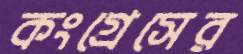
কংগ্রেসের